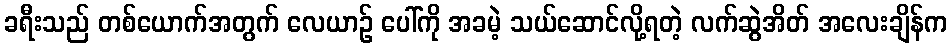
ခရီးသည် တစ်ယောက်အတွက် လေယာဉ် ပေါ်ကို အခမဲ့ သယ်ဆောင်လို့ရတဲ့ လက်ဆွဲအိတ် အလေးချိန်က